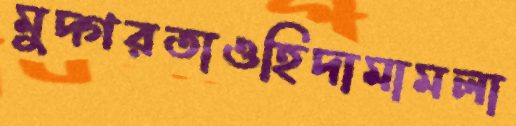
মুদ্গরতাওহিদামামলা